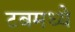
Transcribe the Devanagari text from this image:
टबमध्ये